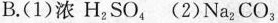
B.(1)浓H_{2}SO_{4} (2)Na_{2}CO_{3}